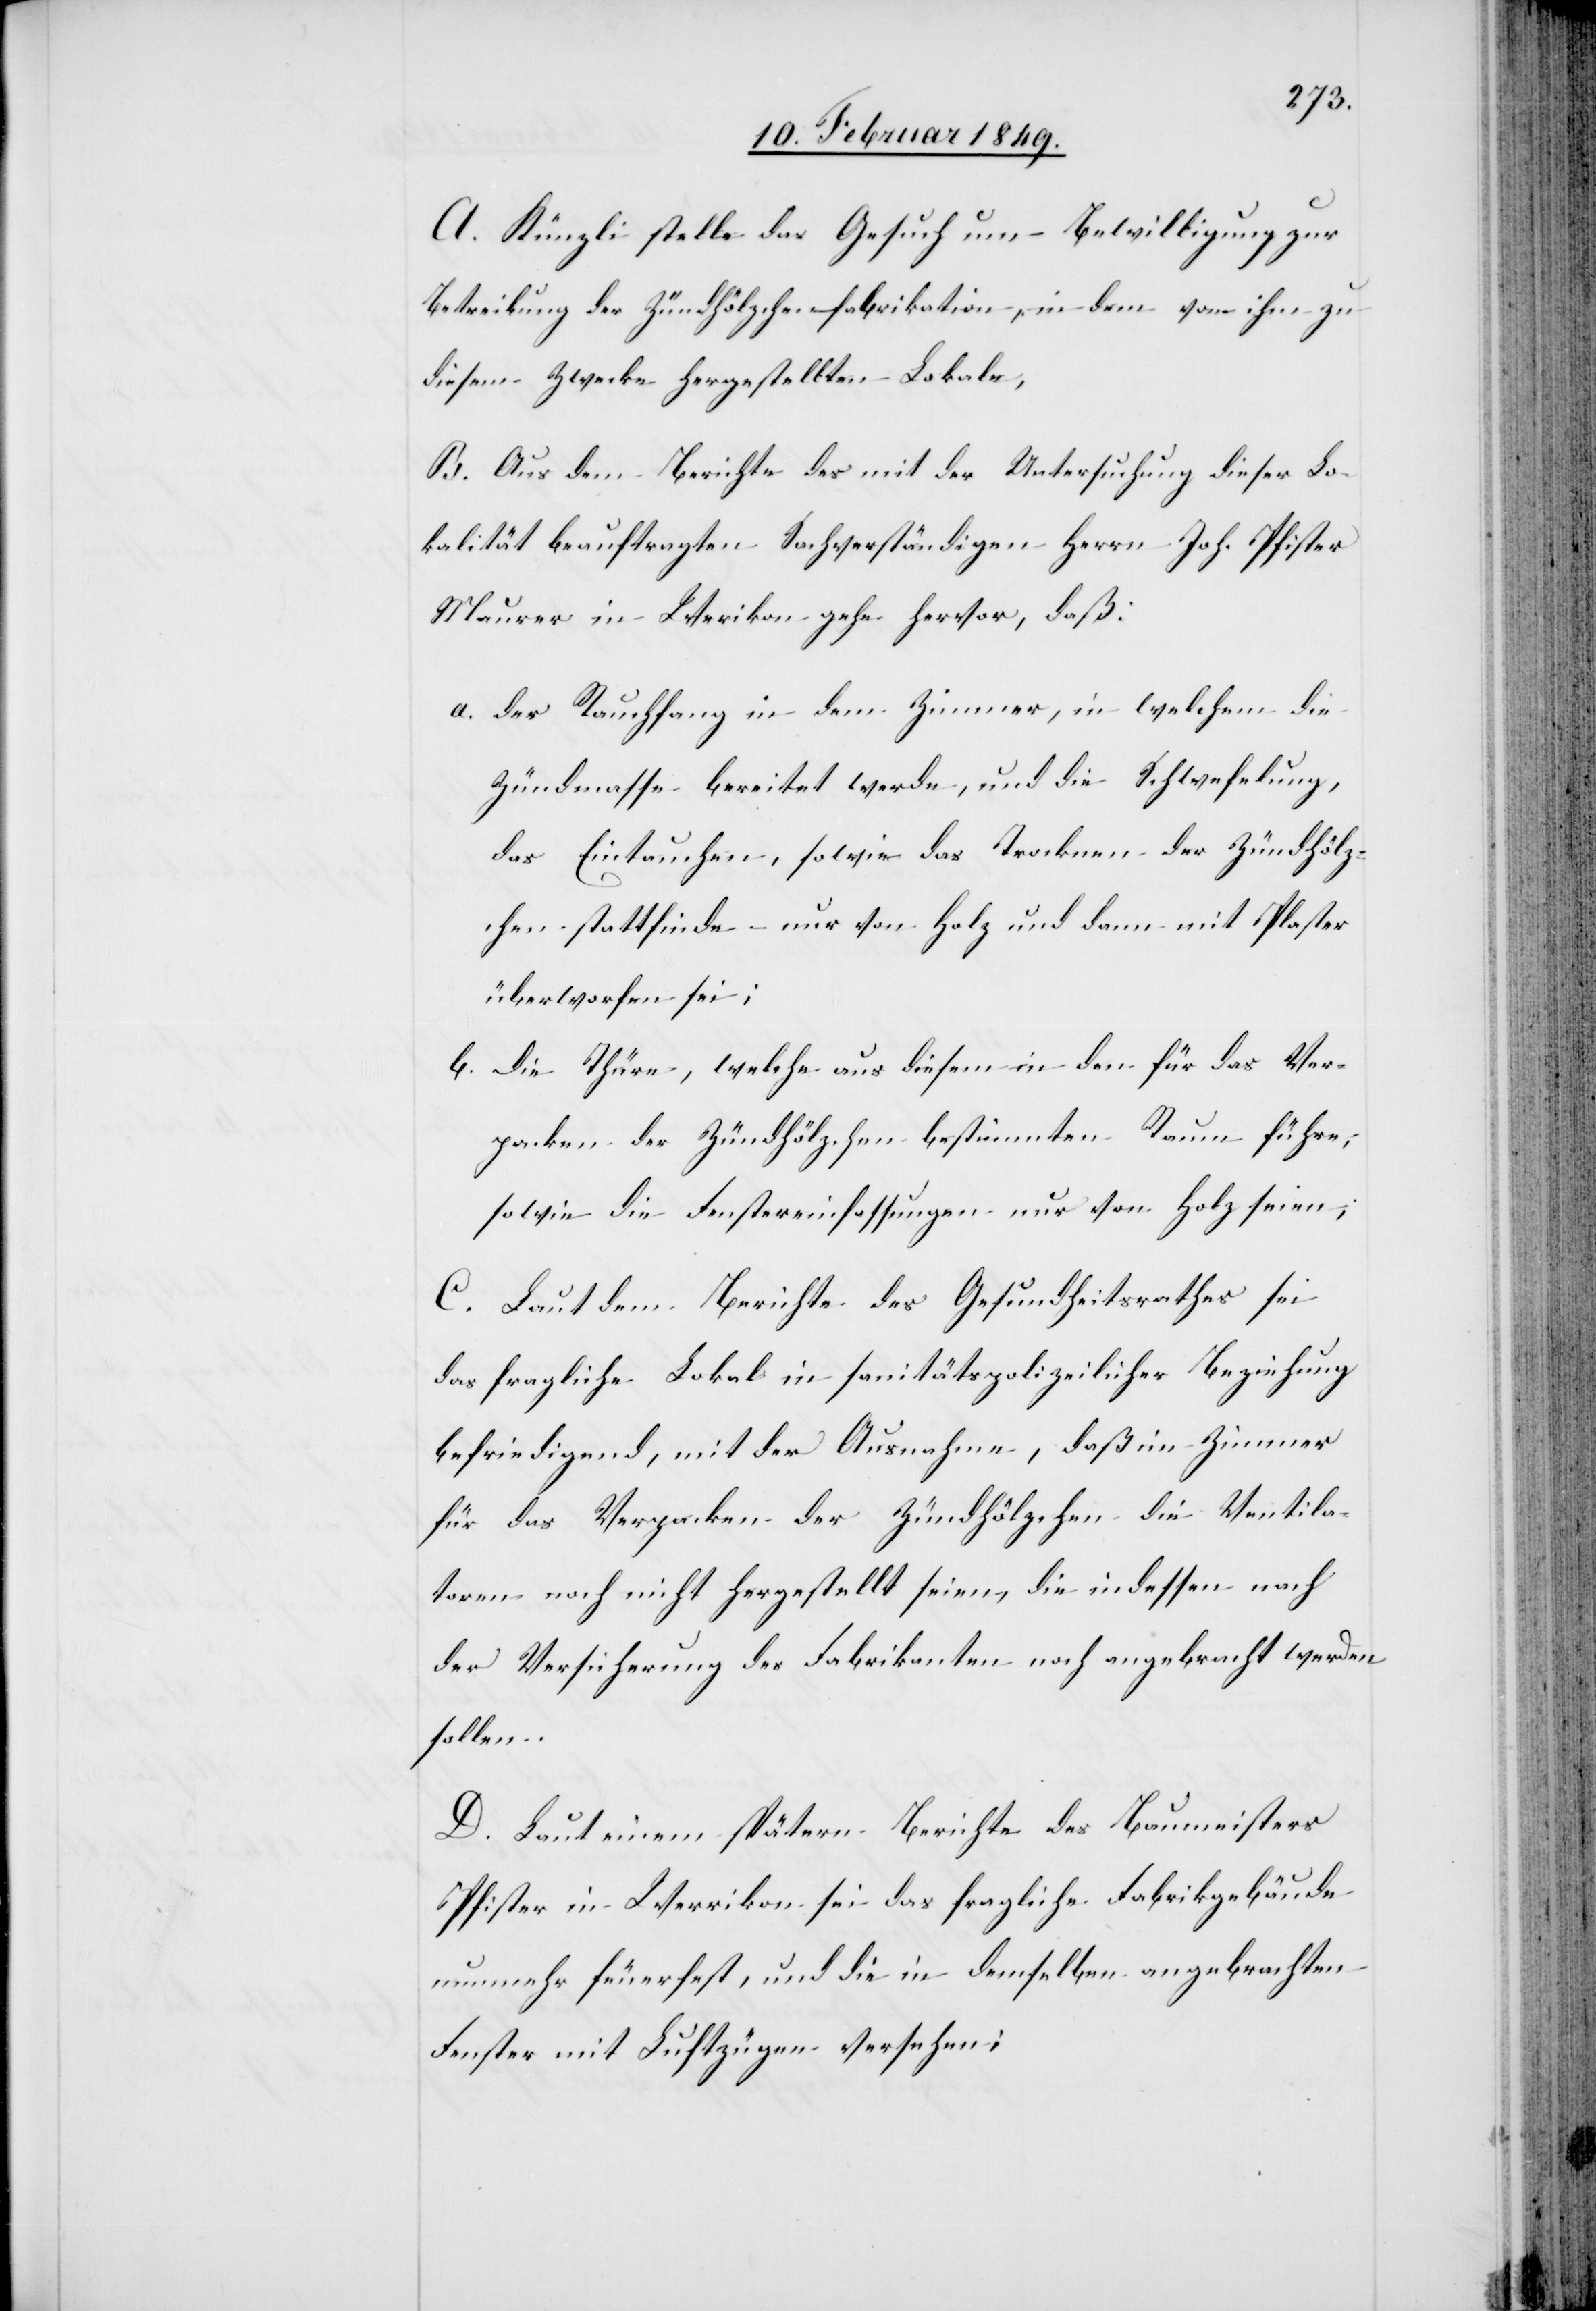
A. Künzli stelle das Gesuch um Bewilligung zur
Betreibung der Zündhölzchenfabrikation, in dem von ihm zu
diesem Zwecke hergestellten Lokale,
B. Aus dem Berichte des mit der Untersuchung dieser Lo¬
kalität beauftragten Sachverständigen Herrn Joh. Pfister
Maurer in Werikon gehe hervor, daß
a. der Rauchfang in dem Zimmer, in welchem die
Zündmasse bereitet werde, und die Schwefelung,
das Eintauchen, sowie das Trocknen der Zündhölz¬
chen stattfinde – nur von Holz und dann mit Pflaster
überworfen sei;
b. die Thüre, welche aus diesem in den für das Ver¬
packen der Zündhölzchen bestimmten Raum führe,
sowie die Fenstereinfassungen nur von Holz seien;
C. Laut dem Berichte des Gesundheitsrathes sei
das fragliche Lokal in sanitätspolizeilicher Beziehung
befriedigend, mit der Ausnahme, daß im Zimmer
für das Verpacken der Zündhölzchen die Ventila¬
toren noch nicht hergestellt seien, die indessen nach
der Versicherung des Fabrikanten noch angebracht werden
sollen.
D. Laut einem spätern Berichte des Baumeisters
Pfister in Werrikon [sic!] sei das fragliche Fabrikgebäude
nunmehr feuerfest, und die in demselben angebrachten
Fenster mit Luftzügen versehen;